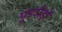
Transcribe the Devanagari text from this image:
घुड़दौड़ों